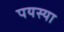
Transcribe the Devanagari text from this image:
पयस्या